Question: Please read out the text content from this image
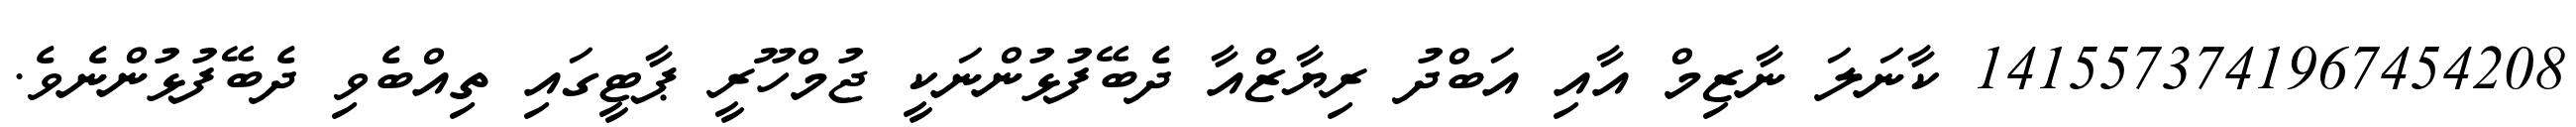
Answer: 1415573741967454208 ކާނަލަ ނާޒިމް އާއި އަބްދު ރިޔާޒްއާ ދެބޭފުޅުންނަކީ ޖުމްހޫރީ ޕާޓީގައި ތިއްބެވި ދެބޭފުޅުންނެވެ.